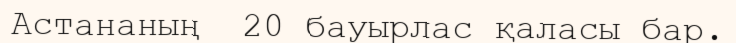
Астананың  20 бауырлас қаласы бар.